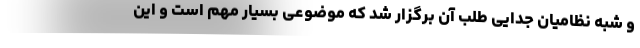
و شبه نظامیان جدایی طلب آن برگزار شد که موضوعی بسیار مهم است و این